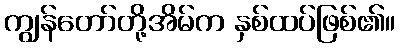
ကျွန်တော်တို့အိမ်က နှစ်ထပ်ဖြစ်၏။